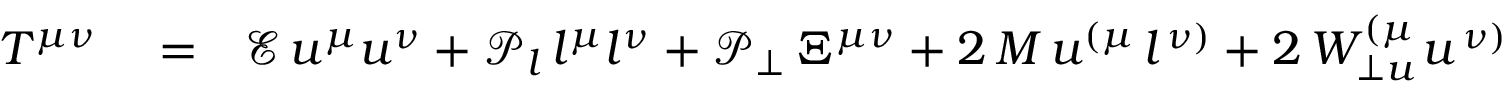
\begin{array} { r l r } { T ^ { \mu \nu } } & { { } = } & { \mathcal { E } \, u ^ { \mu } u ^ { \nu } + \mathcal { P } _ { l } \, l ^ { \mu } l ^ { \nu } + \mathcal { P } _ { \perp } \, \Xi ^ { \mu \nu } + 2 \, M \, u ^ { \left( \mu \right. } l ^ { \left. \nu \right) } + 2 \, W _ { \perp u } ^ { \left( \mu \right. } u ^ { \left. \nu \right) } } \end{array}